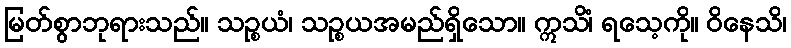
မြတ်စွာဘုရားသည်။ သဉ္စယံ၊ သဉ္စယအမည်ရှိသော။ ဣသိံ၊ ရသေ့ကို။ ဝိနေသိ၊